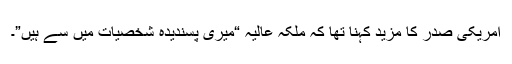
امریکی صدر کا مزید کہنا تھا کہ ملکہ عالیہ “میری پسندیدہ شخصیات میں سے ہیں”۔